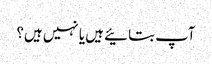
آپ بتائیے ہیں یا نہیں ہیں؟